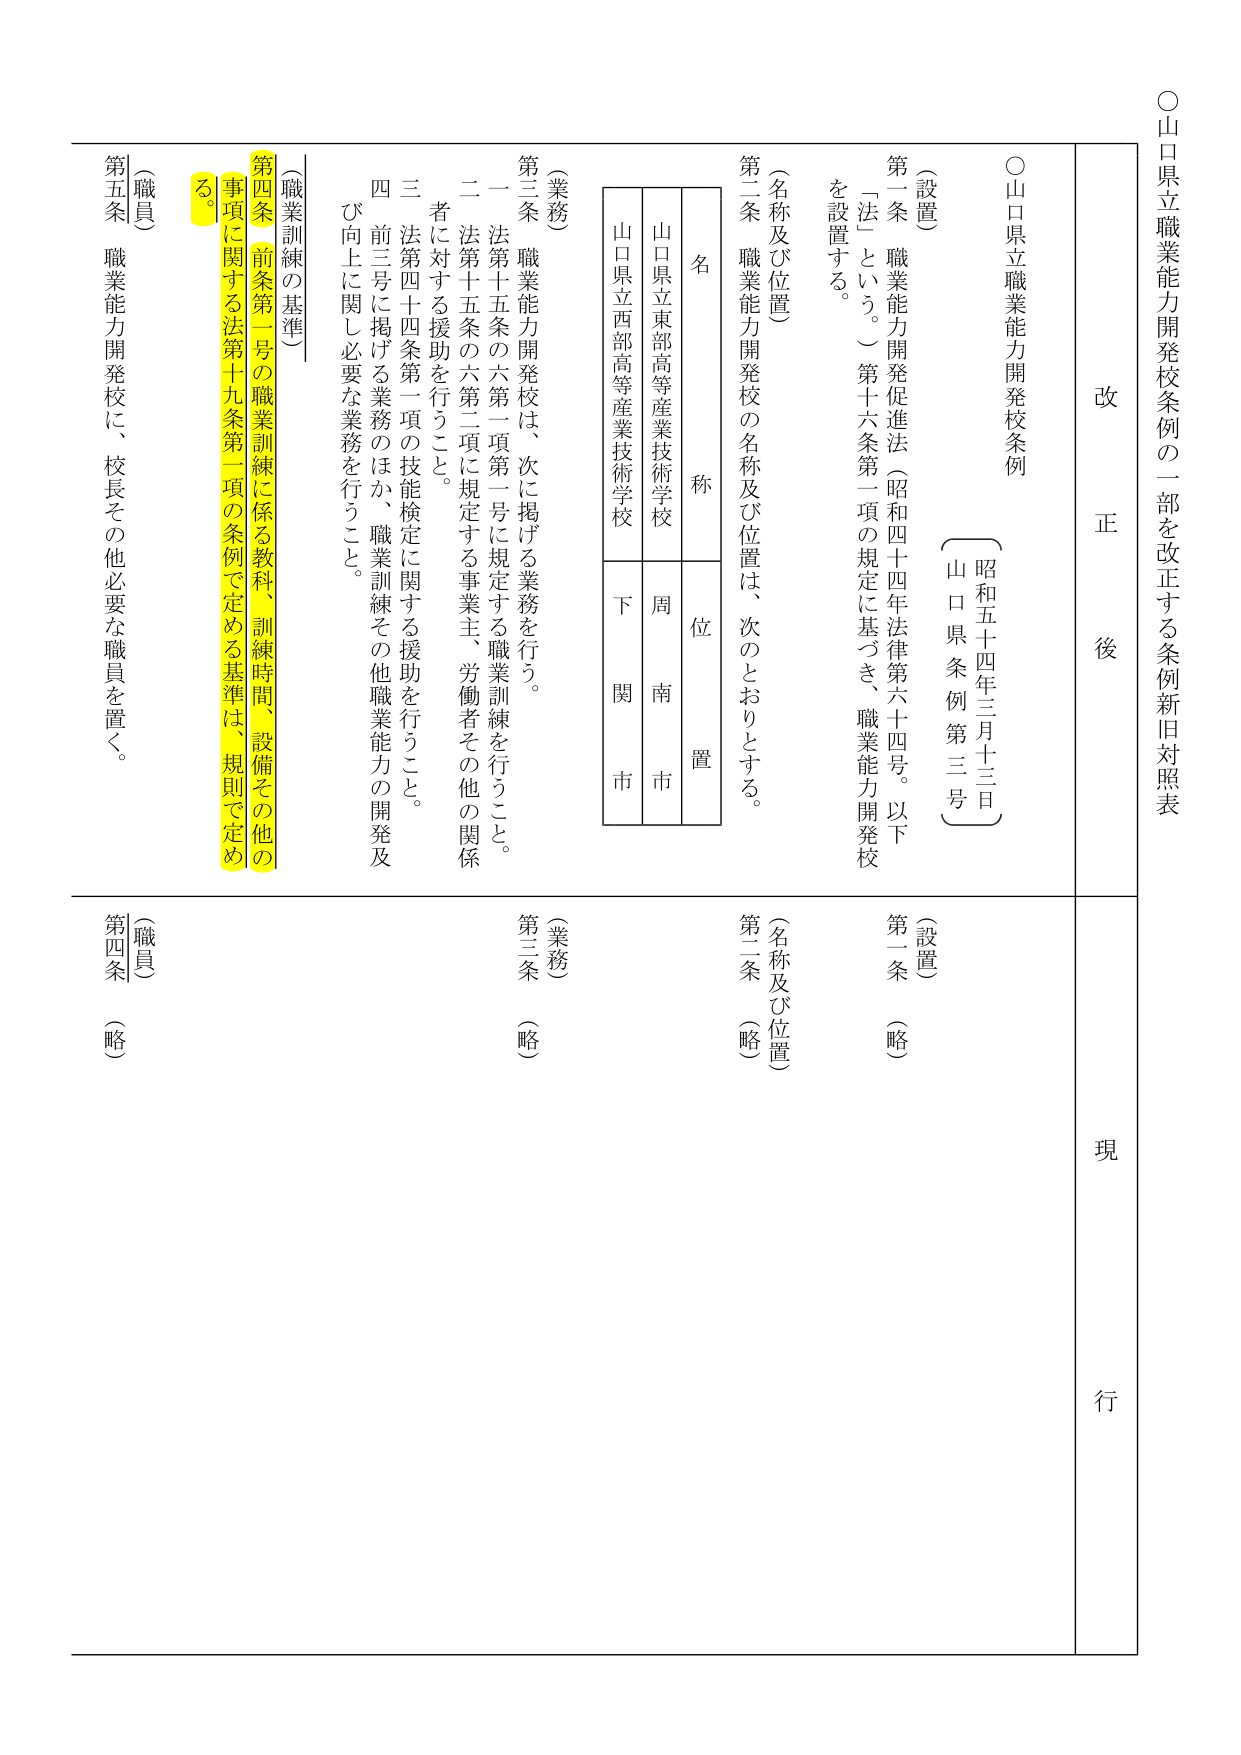
○山口県立職業能力開発校条例の一部を改正する条例新旧対照表

改 正 後

○山口県立職業能力開発校条例
（昭和五十四年三月十三日 山口県条例第三号）

（設置）
第一条 職業能力開発促進法（昭和四十四年法律第六十四号。以下「法」という。）第十六条第一項の規定に基づき、職業能力開発校を設置する。

（名称及び位置）
第二条 職業能力開発校の名称及び位置は、次のとおりとする。

名 称 位 置
山口県立東部高等産業技術学校 周 南 市
山口県立西部高等産業技術学校 下 関 市

（業務）
第三条 職業能力開発校は、次に掲げる業務を行う。
一 法第十五条の六第一項第一号に規定する職業訓練を行うこと。
二 法第十五条の六第二項に規定する事業主、労働者その他の関係者に対する援助を行うこと。
三 法第四十四条第一項の技能検定に関する援助を行うこと。
四 前三号に掲げる業務のほか、職業訓練その他職業能力の開発及び向上に関し必要な業務を行うこと。

（職業訓練の基準）
第四条 前条第一号の職業訓練に係る教科、訓練時間、設備その他の事項に関する法第十九条第一項の条例で定める基準は、規則で定める。

（職員）
第五条 職業能力開発校に、校長その他必要な職員を置く。

現 行

（設置）
第一条 （略）

（名称及び位置）
第二条 （略）

（業務）
第三条 （略）

（職員）
第四条 （略）